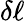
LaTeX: \delta\ell